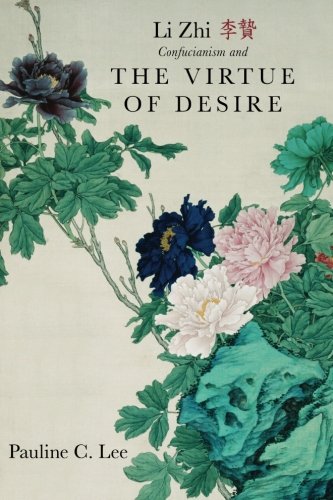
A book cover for Li Zhi, Confucianism, and the Virtue of Desire (Suny Series in Chinese Philosophy and Culture); Pauline C. Lee; Religion & Spirituality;